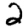
Digit: 2